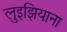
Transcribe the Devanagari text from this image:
लुइझियाना